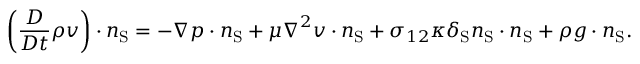
\left( \frac { D } { D t } \rho \boldsymbol { v } \right) \cdot \boldsymbol { n } _ { \mathrm { { S } } } = - \boldsymbol { \nabla } p \cdot \boldsymbol { n } _ { \mathrm { { S } } } + \mu \boldsymbol { \nabla } ^ { 2 } \boldsymbol { v } \cdot \boldsymbol { n } _ { \mathrm { { S } } } + \sigma _ { 1 2 } \kappa \delta _ { \mathrm { { S } } } \boldsymbol { n } _ { \mathrm { { S } } } \cdot \boldsymbol { n } _ { \mathrm { { S } } } + \rho \boldsymbol { g } \cdot \boldsymbol { n } _ { \mathrm { { S } } } .